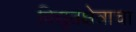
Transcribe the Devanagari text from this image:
विद्युतक्षेत्राचा